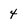
Character: 4